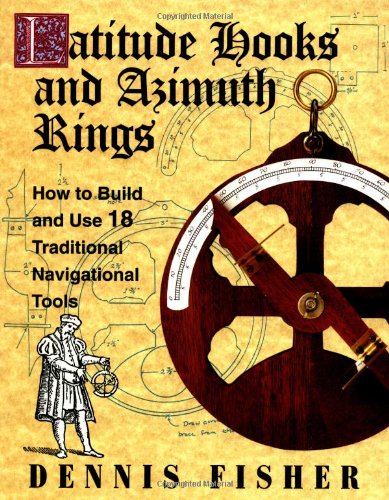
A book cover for Latitude Hooks and Azimuth Rings: How to Build and Use 18 Traditional Navigational Tools; Dennis Fisher; Engineering & Transportation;